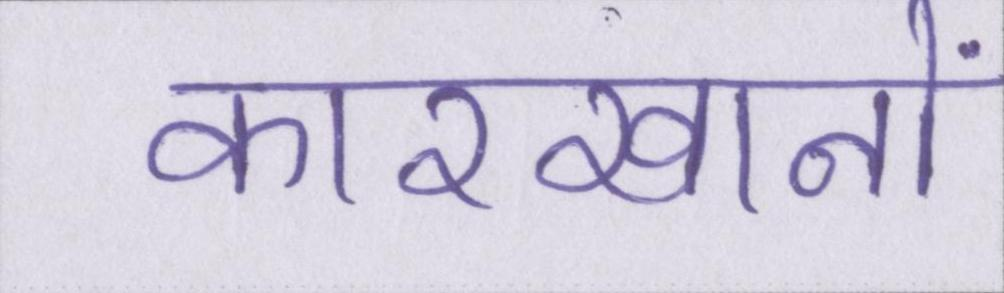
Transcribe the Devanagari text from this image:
कारखानों